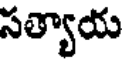
సత్యాయ